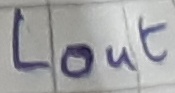
Text: LOUT